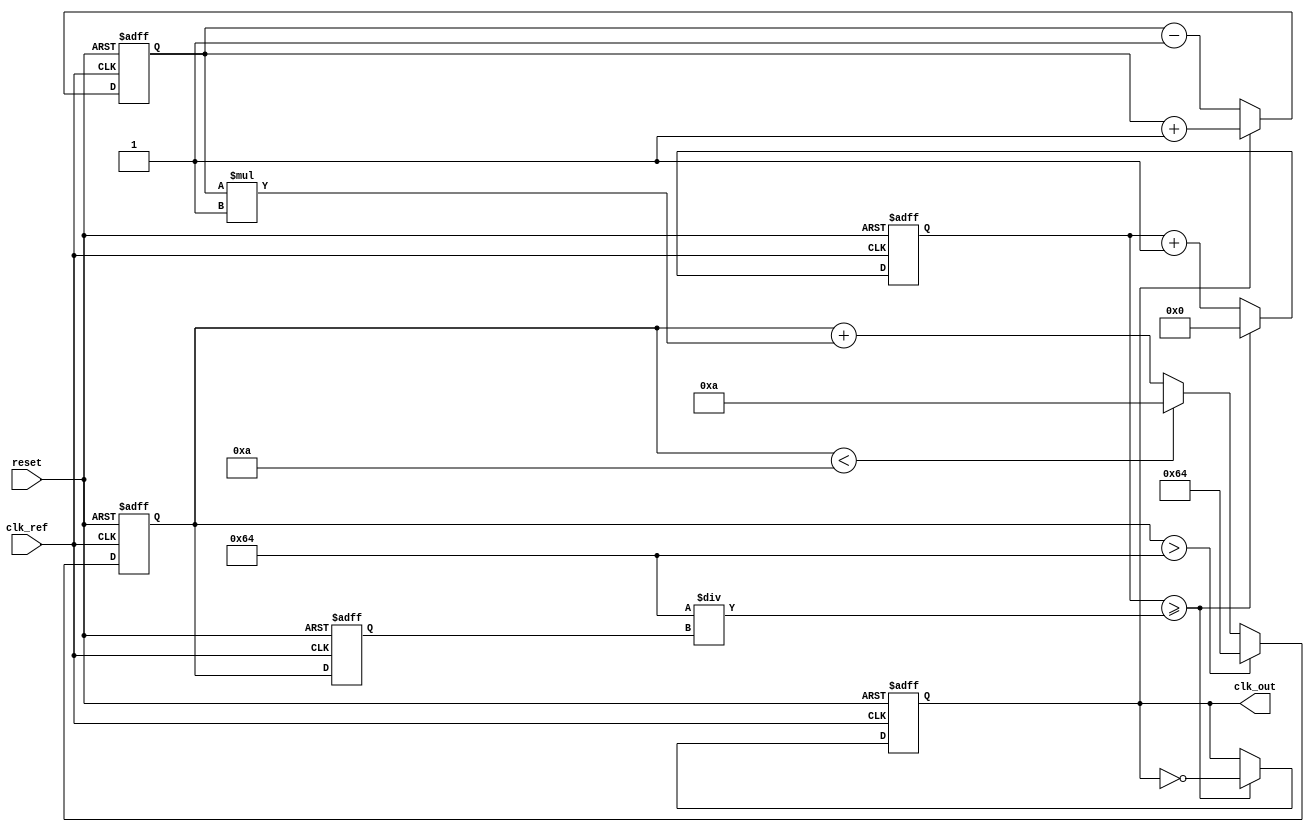
module pll (
    input wire clk_ref,          // Reference clock input
    input wire reset,            // Asynchronous reset
    output reg clk_out           // Output clock
);

    // Parameters
    parameter integer VCO_MAX_FREQ = 100; // Maximum frequency of VCO
    parameter integer VCO_MIN_FREQ = 10;   // Minimum frequency of VCO
    parameter integer LOOP_FILTER_GAIN = 1; // Gain for loop filter

    // Internal signals
    reg [7:0] phase_error;       // Phase error signal
    reg [7:0] control_voltage;    // Control voltage for VCO
    reg [7:0] vco_frequency;      // Current frequency of VCO
    reg [31:0] counter;           // Counter for generating output clock
    reg [31:0] vco_counter;       // Counter for VCO output

    // Phase Detector (PD)
    always @(posedge clk_ref or posedge reset) begin
        if (reset) begin
            phase_error <= 0;
        end else begin
            // Simple phase detector logic
            // Compare reference clock with feedback clock
            if (clk_out) begin
                phase_error <= phase_error + 1; // Feedback clock is leading
            end else begin
                phase_error <= phase_error - 1; // Feedback clock is lagging
            end
        end
    end

    // Loop Filter (LF)
    always @(posedge clk_ref or posedge reset) begin
        if (reset) begin
            control_voltage <= 0;
        end else begin
            // Simple loop filter logic
            control_voltage <= control_voltage + (phase_error * LOOP_FILTER_GAIN);
            // Clamp control voltage to VCO frequency range
            if (control_voltage > VCO_MAX_FREQ) begin
                control_voltage <= VCO_MAX_FREQ;
            end else if (control_voltage < VCO_MIN_FREQ) begin
                control_voltage <= VCO_MIN_FREQ;
            end
        end
    end

    // Voltage-Controlled Oscillator (VCO)
    always @(posedge clk_ref or posedge reset) begin
        if (reset) begin
            vco_frequency <= VCO_MIN_FREQ; // Start at minimum frequency
            clk_out <= 0;
            vco_counter <= 0;
        end else begin
            // Adjust VCO frequency based on control voltage
            vco_frequency <= control_voltage;

            // Generate output clock based on VCO frequency
            vco_counter <= vco_counter + 1;
            if (vco_counter >= (100 / vco_frequency)) begin
                clk_out <= ~clk_out; // Toggle output clock
                vco_counter <= 0; // Reset counter
            end
        end
    end

endmodule